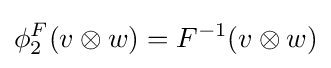
\phi _{2}^{F}(v\otimes w)=F^{-1}(v\otimes w)